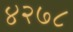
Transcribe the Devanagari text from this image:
४२७८